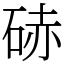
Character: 硳